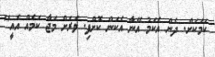
ކަމަކަށް. ދެން އެކަމު އޭނާ އެކަން ކޮށްފި. ވަރަށް މަޖާ ކަމެއް އެއީ''